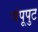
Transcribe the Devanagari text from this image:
चंपूपुट